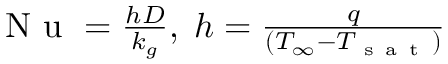
\begin{array} { r } { \mathrm { ~ N ~ u ~ } = \frac { h D } { k _ { g } } , \; h = \frac { q } { ( T _ { \infty } - T _ { \mathrm { ~ s ~ a ~ t ~ } } ) } } \end{array}